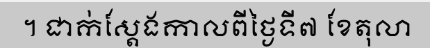
។ ជាក់ស្តែងកាលពីថ្ងៃទី៧ ខែតុលា